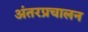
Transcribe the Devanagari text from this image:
अंतरप्रचालन